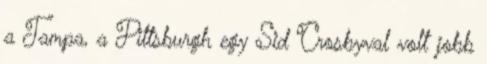
a Tampa, a Pittsburgh egy Sid Crosbyval volt jobb